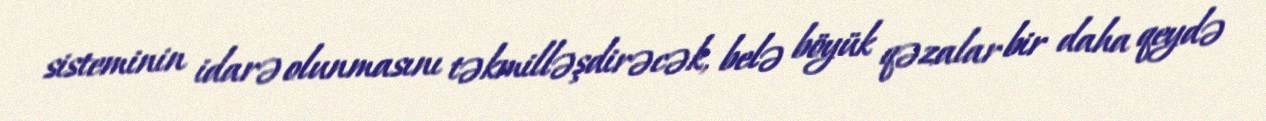
sisteminin idarə olunmasını təkmilləşdirəcək, belə böyük qəzalar bir daha qeydə